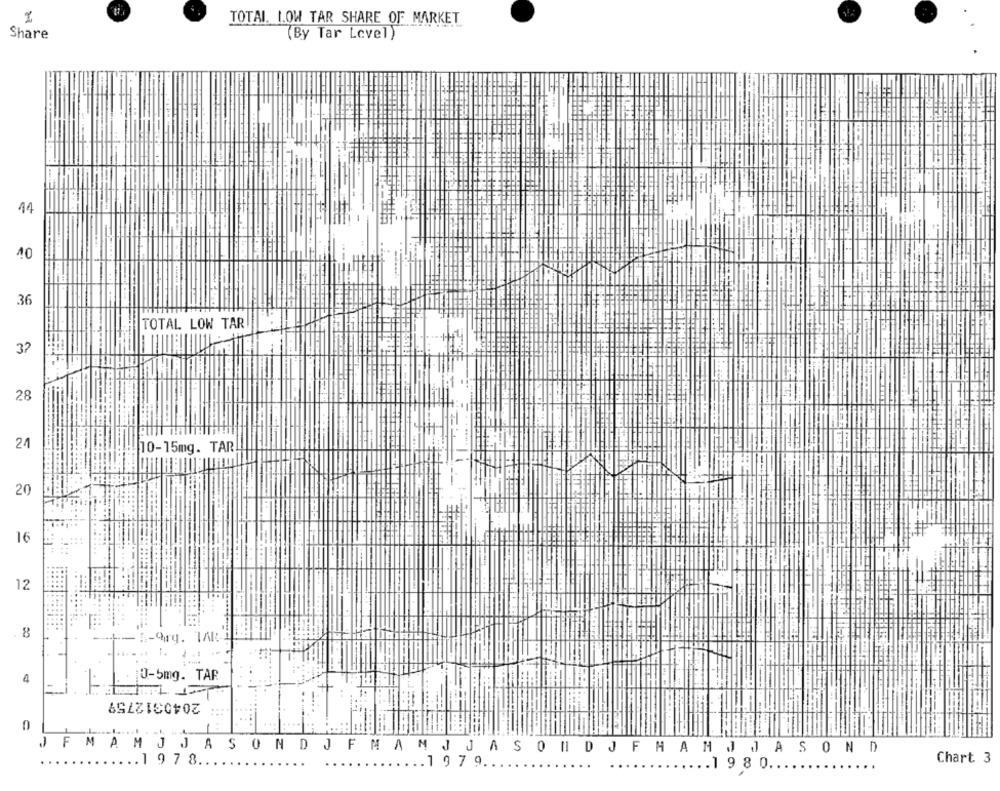
TOTAL. 1.OW TAR SHARE OF MARKET
Share
(By Tar Level)
14
10
36
TOTAL LOW TAR
37
28
24
10-15mg. TAR
20
16
12
8
E-Org. TAR
4
0-5mg. TAR
2040312759
-
FMAMJJASOND
J
FMAM J JASON D JF MAM
ASOND
..... 1 9 78 ...
Chart 3
197 9.
.1 9 8 0.